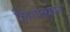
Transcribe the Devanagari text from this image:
लिंगोत्थान